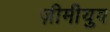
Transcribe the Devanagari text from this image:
ज़ीमीयुव